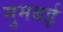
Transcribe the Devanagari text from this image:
मुमबई